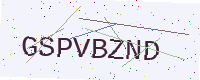
Text: GSPVBZND